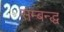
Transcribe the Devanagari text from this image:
सम्बन्द्ध